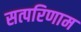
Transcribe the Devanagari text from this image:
सत्परिणाम